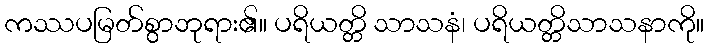
ကဿပမြတ်စွာဘုရား၏။ ပရိယတ္တိ သာသနံ၊ ပရိယတ္တိသာသနာကို။